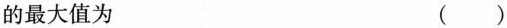
的最大值为（）